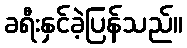
ခရီးနှင်ခဲ့ပြန်သည်။